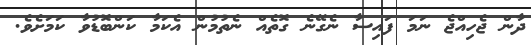
ދާން ޖެހިއްޖެ ނަމަ ފައިސާ ނެގޭނެ ގޮތެއް ނެތުމުން އެކަމާ ކަންބޮޑުވާ ކަމަށެވެ.